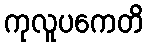
ကုလူပကေတိ